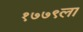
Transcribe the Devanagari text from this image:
१७७९ला